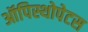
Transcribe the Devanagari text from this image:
ऑपिस्थोपेटस